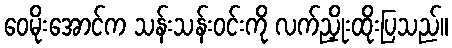
ဝေမိုးအောင်က သန်းသန်းဝင်းကို လက်ညှိုးထိုးပြသည်။